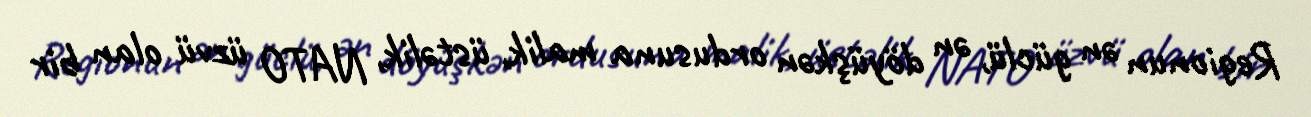
Regionun ən güclü, ən döyüşkən ordusuna malik, üstəlik, NATO üzvü olan bir